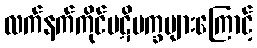
လက်နက်ကိုင်ပဋိပက္ခများကြောင့်